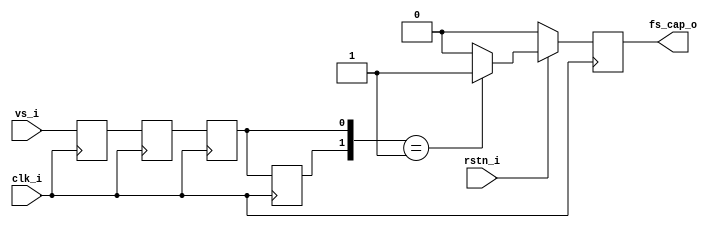
`timescale 1ns / 1ps
/*******************************MILIANKE*******************************
*Company : MiLianKe Electronic Technology Co., Ltd.
*WebSite:https://www.milianke.com
*TechWeb:https://www.uisrc.com
*tmall-shop:https://milianke.tmall.com
*jd-shop:https://milianke.jd.com
*taobao-shop: https://milianke.taobao.com
*Module Name:
*File Name:
*Description: 
*The reference demo provided by Milianke is only used for learning. 
*We cannot ensure that the demo itself is free of bugs, so users 
*should be responsible for the technical problems and consequences
*caused by the use of their own products.
*Copyright: Copyright (c) MiLianKe
*All rights reserved.
*Revision: 3.1
*Signal description
*1) _i input
*2) _o output
*3) _n activ low
*4) _dg debug signal 
*5) _r delay or register
*6) _s state mechine
*********************************************************************/


module fs_cap#(
parameter  integer  VIDEO_ENABLE   = 1
)
(
input  clk_i,
input  rstn_i,
input  vs_i,
output reg fs_cap_o
);
    
//----CH0_CNT_FS VS----------------
reg[4:0]CNT_FS   = 6'b0;
reg[4:0]CNT_FS_n = 6'b0;
reg     FS       = 1'b0;
(* ASYNC_REG = "TRUE" *)   reg vs_i_r1;
(* ASYNC_REG = "TRUE" *)   reg vs_i_r2;
(* ASYNC_REG = "TRUE" *)   reg vs_i_r3;
(* ASYNC_REG = "TRUE" *)   reg vs_i_r4;
//----vs-----
always@(posedge clk_i) begin
      vs_i_r1 <= vs_i;
      vs_i_r2 <= vs_i_r1;
      vs_i_r3 <= vs_i_r2;
      vs_i_r4 <= vs_i_r3;
end

always@(posedge clk_i) begin
   if(!rstn_i)begin
      fs_cap_o <= 1'd0;
   end
   else if(VIDEO_ENABLE == 1)begin
      if({vs_i_r4,vs_i_r3} == 2'b01)begin
         fs_cap_o <= 1'b1;
      end
      else begin
         fs_cap_o <= 1'b0;
      end
   end 
   else begin
         fs_cap_o <= vs_i_r4;
   end
end
        
endmodule